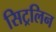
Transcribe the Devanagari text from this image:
सिट्रलिन